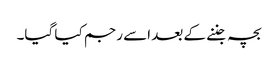
بچہ جننے کے بعد اسے رجم کیا گیا۔